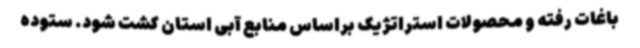
باغات رفته و محصولات استراتژیک براساس منابع آبی استان کشت شود. ستوده